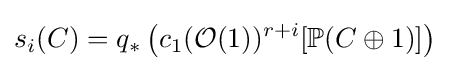
s_{i}(C)=q_{*}\left(c_{1}({\mathcal {O}}(1))^{r+i}[\mathbb {P} (C\oplus 1)]\right)